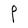
Character: P